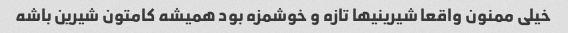
خیلی ممنون واقعا شیرینیها تازه و خوشمزه بود همیشه کامتون شیرین باشه